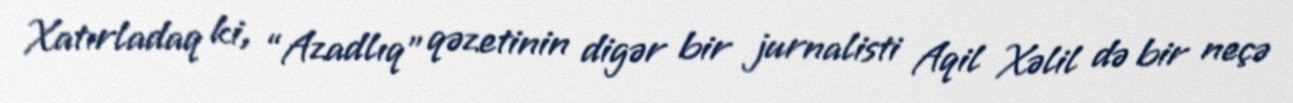
Xatırladaq ki, “Azadlıq” qəzetinin digər bir jurnalisti Aqil Xəlil də bir neçə